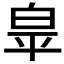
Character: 𭽏